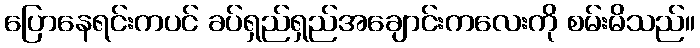
ပြောနေရင်းကပင် ခပ်ရှည်ရှည်အချောင်းကလေးကို စမ်းမိသည်။